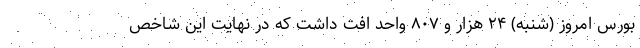
بورس امروز (شنبه) ۲۴ هزار و ۸۰۷ واحد افت داشت که در نهایت این شاخص